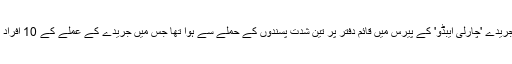
ان حملوں کا آغاز بدھ کو ایک سیاسی جریدے 'چارلی ایبڈو' کے پیرس میں قائم دفتر پر تین شدت پسندوں کے حملے سے ہوا تھا جس میں جریدے کے عملے کے 10 افراد اور دو پولیس اہلکار مارے گئے تھے۔